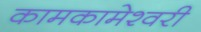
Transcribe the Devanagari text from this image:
कामकामेश्वरी